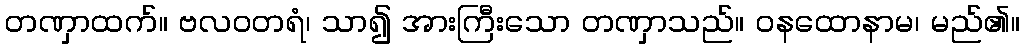
တဏှာထက်။ ဗလဝတရံ၊ သာ၍ အားကြီးသော တဏှာသည်။ ဝနထောနာမ၊ မည်၏။